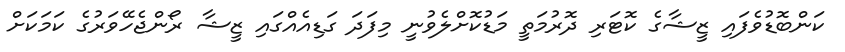
ކަންބޮޑުވެފައި ޒީޝާގެ ކޮޓަރި ދޮރުމަތީ މަޑުކޮށްލެވުނީ މިފަދަ ގަޑިއެއްގައި ޒީޝާ ރޯންޖެހޭވަރުގެ ކަމަކަށް